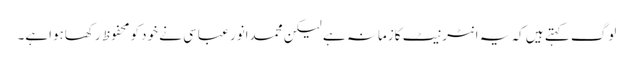
لوگ کہتے ہیں کہ یہ انٹرنیٹ کازمانہ ہے لیکن محمدانور عباسی نے خودکو محفوظ رکھاہواہے۔